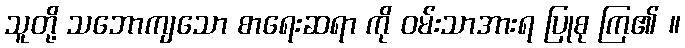
သူတို့ သဘောကျသော စာရေးဆရာ ကို ဝမ်းသာအားရ ပြုစု ကြ၏ ။